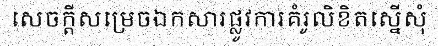
សេចក្តីសម្រេចឯកសារផ្លូវការគំរូលិខិតស្នើសុំ